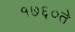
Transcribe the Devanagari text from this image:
१७६०ते